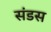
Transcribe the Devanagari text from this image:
संडस